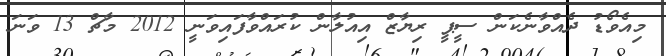
މިއެވޯޑު ދެއްވާނެކަން ސީޕީ ރިޔާޒް އިއުލާން ކުރައްވާފައިވަނީ 2012 މާޗް 13 ވަނަ